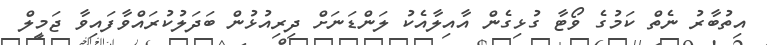
އިތުބާރު ނެތް ކަމުގެ ވޯޓާ ގުޅިގެން އާއިލާއެކު ލަންޑަނަށް ދިރިއުޅުން ބަދަލުކުރައްވާފައިވާ ޖަމީލް